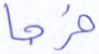
خرجا